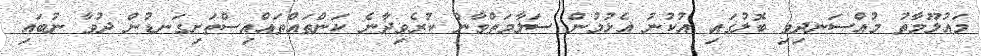
މައުލޫމާތު މުއްސަނދިވި ބޮލުގައި އުކުނު އެޅުމުން ސަލާމަތްވާން ކުރެވިދާނެ ކަންތައްތައްއިސްތަށިގަނޑުން ދުވާ ނުބައި